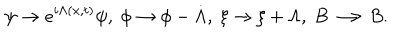
\psi \rightarrow e ^ { i \Lambda ( x , t ) } \psi , ~ \phi \rightarrow \phi - \dot { \Lambda } , ~ \xi \rightarrow \xi + \Lambda , ~ B \longrightarrow B .